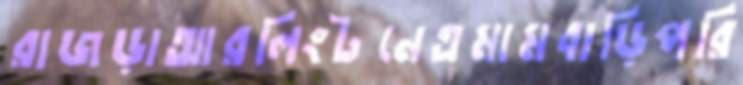
রাজড়াআরলিংটনেএমামবাড়িপরি